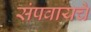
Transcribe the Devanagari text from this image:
संपवायचे